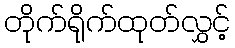
တိုက်ရိုက်ထုတ်လွှင့်